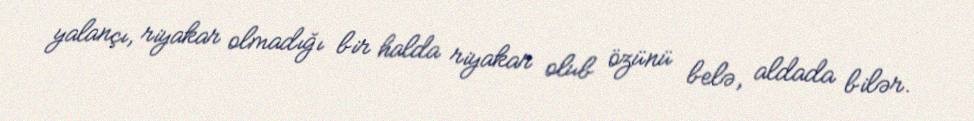
yalançı, riyakar olmadığı bir halda riyakar olub özünü belə, aldada bilər.